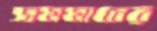
সমমানের